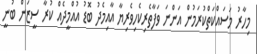
މިހާރު މަސައްކަތްކުރަމުން އަންނަ ވަފާތެރިކެހިވެރިޔާ އާއިމެދު ބޮޑު އުއްމީދެއް ކުރާ ސީޒަން ބުނީ